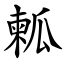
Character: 㼑